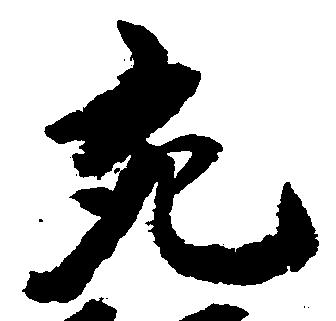
充